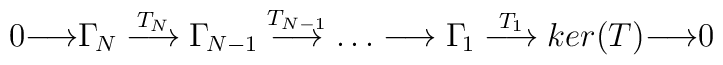
0{\longrightarrow}\Gamma_{\!N}\stackrel{T_N}{\longrightarrow}\Gamma_{\!N-1}\stackrel{T_{N-1}}{\longrightarrow}\dots\longrightarrow\Gamma_{\!1}\stackrel{T_1}{\longrightarrow}ker(T){\longrightarrow}0